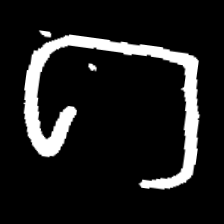
Pyu character \u2014 Myanmar letter: ဂ (romanized: ga)